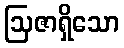
ဩဇာရှိသော